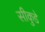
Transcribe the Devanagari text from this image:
सीकुडे